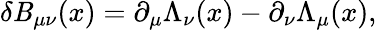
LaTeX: \delta\mathit{B}_{\mu\nu}(x)=\partial_{\mu}\Lambda_{\nu}(x)-\partial_{\nu}\Lambda_{\mu}(x),